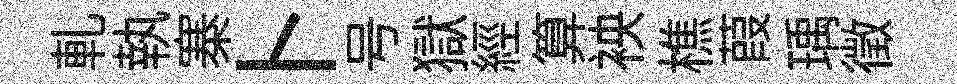
軋執寨卜号獄經算䘧樵葭瑀徵